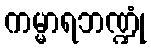
ကမ္မာရဘဏ္ဍုံ